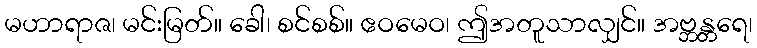
မဟာရာဇ၊ မင်းမြတ်။ ခေါ၊ စင်စစ်။ ဧဝမေဝ၊ ဤအတူသာလျှင်။ အဗ္ဘန္တရေ၊